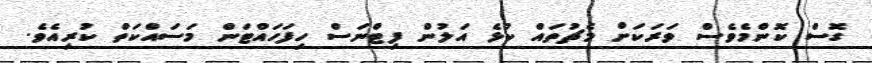
ގޮސް ކޮންމެވެސް ވަރަކަށް މެޗުތައް ކުޅެ އަލުން ފިޓްނަސް ހިފަހައްޓަން މަސައްކަތް ކުރިއެވެ.